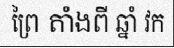
ព្រៃ តាំងពី ឆ្នាំ វក